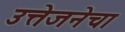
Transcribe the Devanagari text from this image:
उत्तेजनेचा